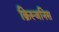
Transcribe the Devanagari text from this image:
क्रिस्जनिस